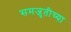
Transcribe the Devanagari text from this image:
समजुतीच्या